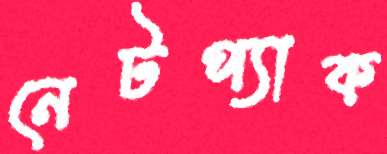
নেটপ্যাক